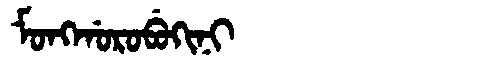
Manchu: ᠮᠣᠩᡤᠣᡵᠣᠪᡠᡴᡳᠨᡳ
Romanization: MONGGOROBUKINI